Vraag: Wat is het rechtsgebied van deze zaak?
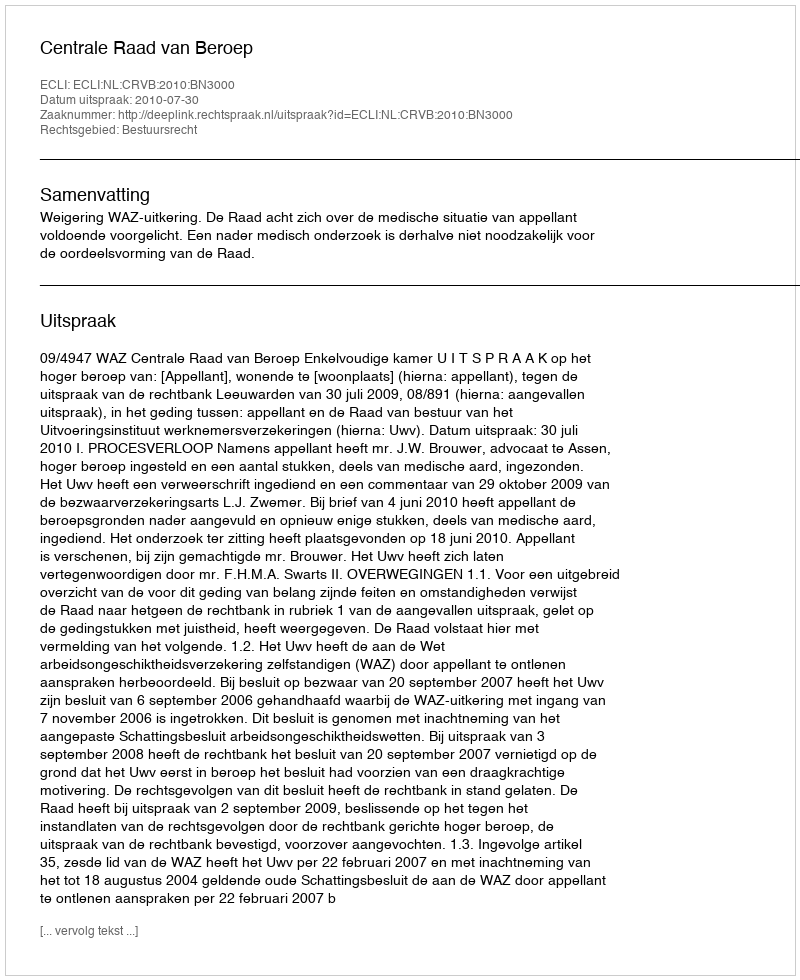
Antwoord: Bestuursrecht